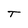
Character: t